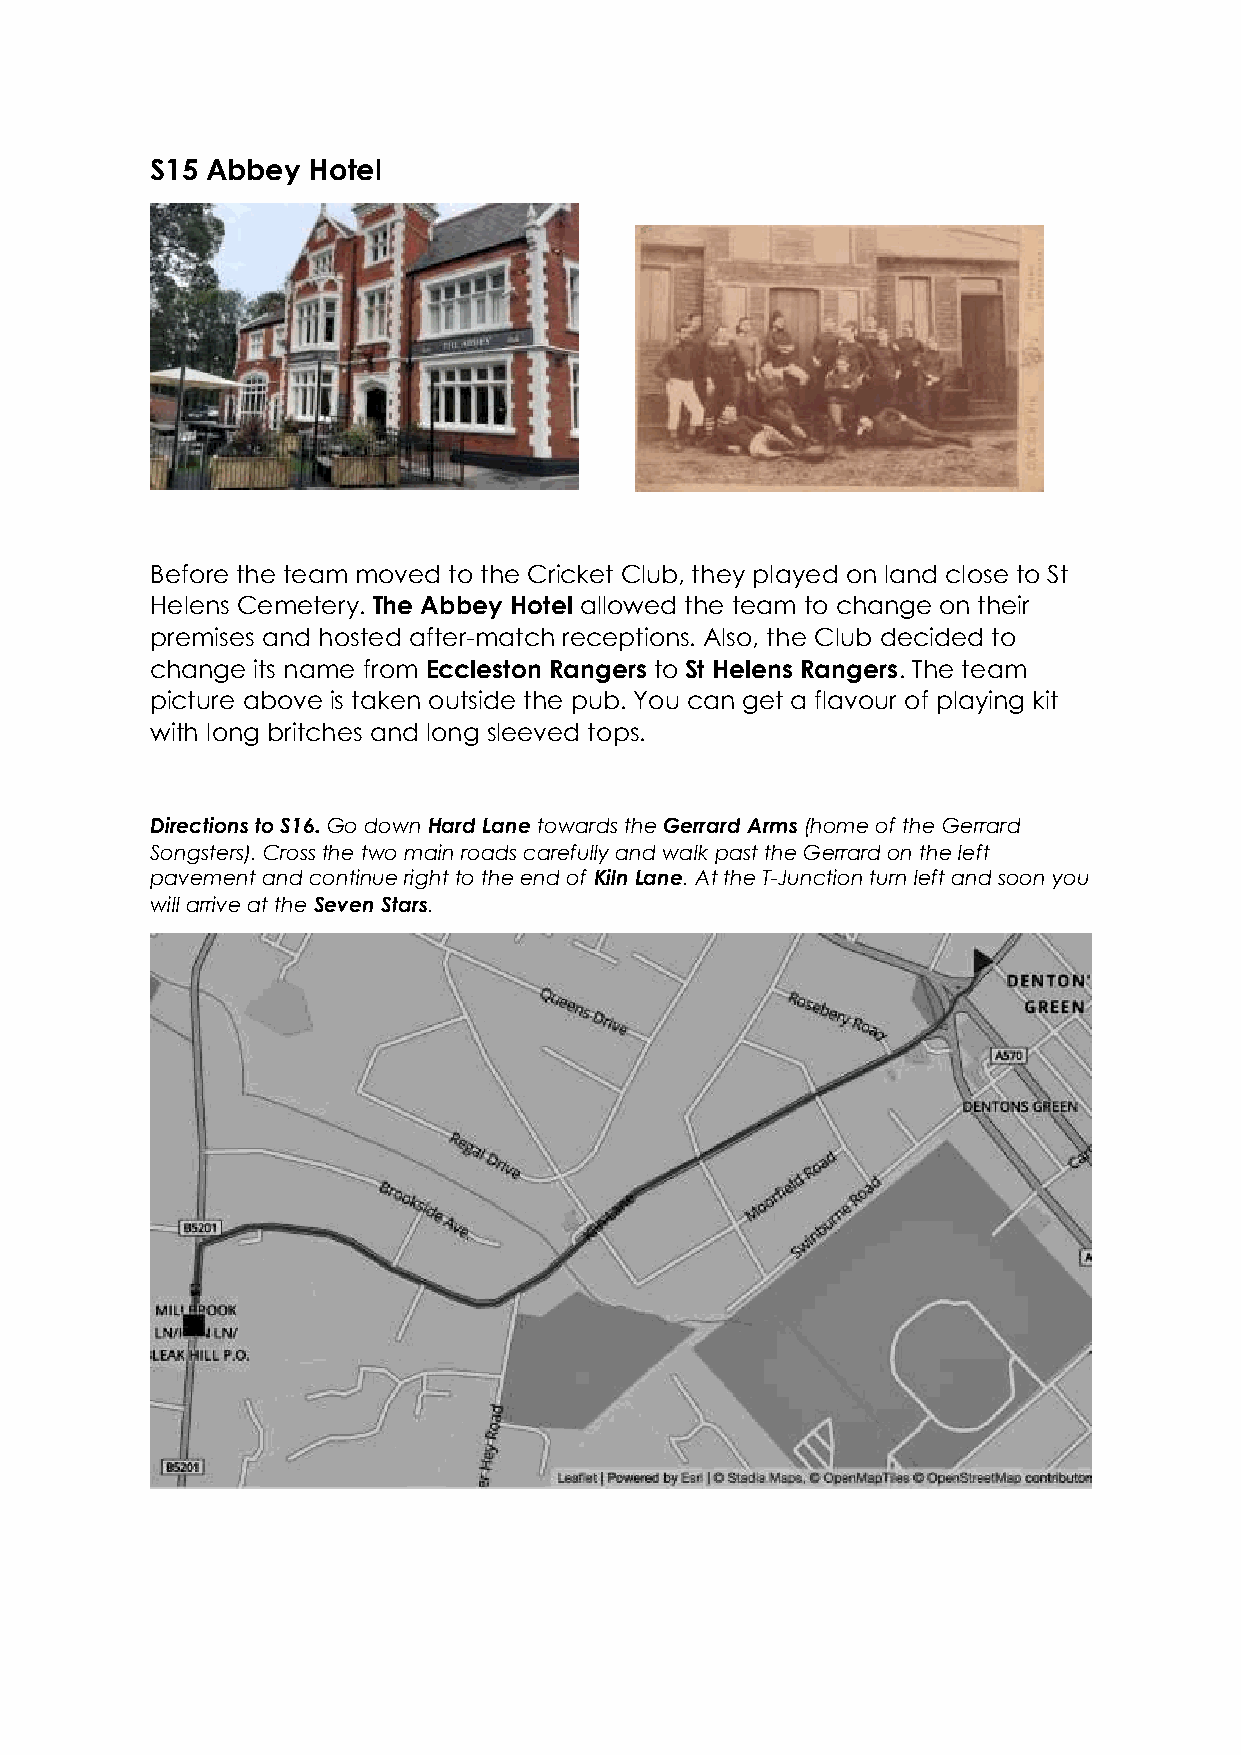
S15 Abbey Hotel
 Before the team moved to the Cricket Club, they played on land close to St
 Helens Cemetery. The Abbey Hotel allowed the team to change on their
 premises and hosted after-match receptions. Also, the Club decided to
 change its name from Eccleston Rangers to St Helens Rangers. The team
 picture above is taken outside the pub. You can get a flavour of playing kit
 with long britches and long sleeved tops.
 Directions to S16. Go down Hard Lane towards the Gerrard Arms (home of the Gerrard
 Songsters). Cross the two main roads carefully and walk past the Gerrard on the left
 pavement and continue right to the end of Kiln Lane. At the T-Junction turn left and soon you
 will arrive at the Seven Stars.